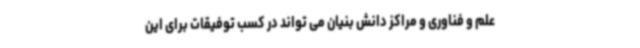
علم و فناوری و مراکز دانش بنیان می تواند در کسب توفیقات برای این